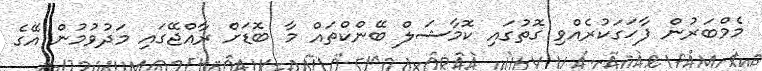
މެމްބަރުން ފާހަގަކުރެއްވި ގޮތުގައި ކޮމާޝަލް ބޭންކްތައް މާ ބޮޑަށް ރާއްޖޭގައި މަދުވުމުން އޭގެ